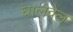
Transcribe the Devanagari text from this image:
घालवेल